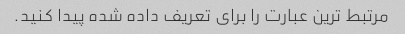
مرتبط ترین عبارت را برای تعریف داده شده پیدا کنید.